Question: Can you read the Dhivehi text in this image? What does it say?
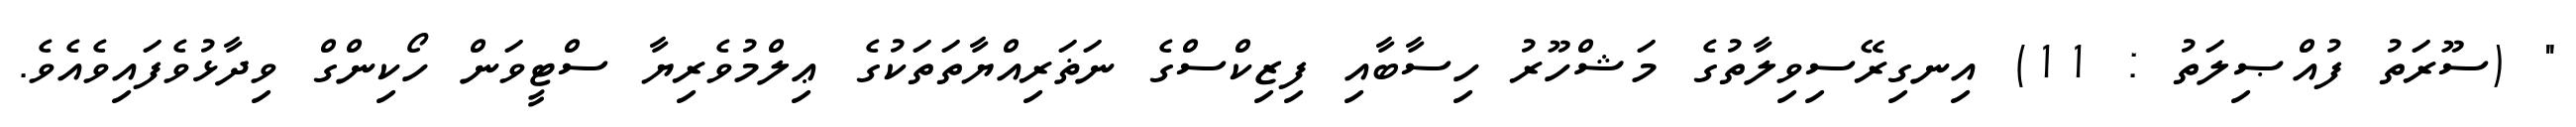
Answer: " (ސޫރަތު ފުއްޞިލަތު : 11) އިނގިރޭސިވިލާތުގެ މަޝްހޫރު ހިސާބާއި ފިޒިކްސްގެ ނަޡަރިއްޔާތަތަކުގެ ޢިލްމުވެރިޔާ ސްޓީވަން ހޯކިންގް ވިދާޅުވެފައިވެއެވެ.